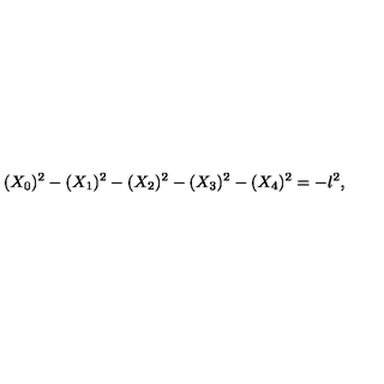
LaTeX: ( X _ { 0 } ) ^ { 2 } - ( X _ { 1 } ) ^ { 2 } - ( X _ { 2 } ) ^ { 2 } - ( X _ { 3 } ) ^ { 2 } - ( X _ { 4 } ) ^ { 2 } = - l ^ { 2 } ,